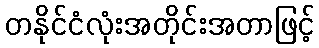
တနိုင်ငံလုံးအတိုင်းအတာဖြင့်